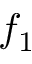
f _ { 1 }